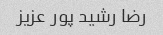
رضا رشید پور عزیز